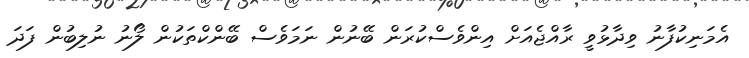
އެމަނިކުފާނު ވިދާޅުވީ ރާއްޖެއަށް އިންވެސްކުރަން ބޭނުން ނަމަވެސް ބޭންކްތަކުން ލޯނު ނުލިބުން ފަދަ